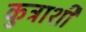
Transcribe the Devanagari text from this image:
कुत्राशी